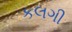
કલગી